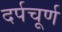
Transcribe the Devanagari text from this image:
दर्पचूर्ण